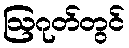
ဩဂုတ်တွင်